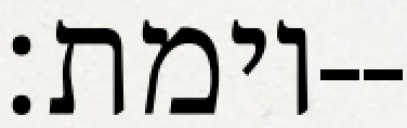
וימת׃--